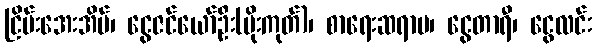
ငြိမ်းအေးအိမ်၊ ငွေဇင်ယော်ဦး(မိုးကုတ်)၊ စာရေးဆရာမ၊ ငွေတာရီ၊ ငွေလင်း